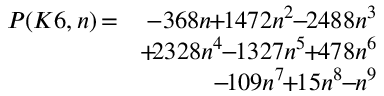
\begin{array} { r l r } { P ( K 6 , n ) } & { \! \! \! \! \! = \! \! \! \! \! } & { - 3 6 8 n \! \! + \! \! 1 4 7 2 n ^ { 2 } \! \! - \! \! 2 4 8 8 n ^ { 3 } } \\ & { } & { \! \! + \! 2 3 2 8 n ^ { 4 } \! \! - \! \! 1 3 2 7 n ^ { 5 } \! \! + \! \! 4 7 8 n ^ { 6 } } \\ & { } & { \! \! - \! 1 0 9 n ^ { 7 } \! \! + \! \! 1 5 n ^ { 8 } \! \! - \! \! n ^ { 9 } } \end{array}